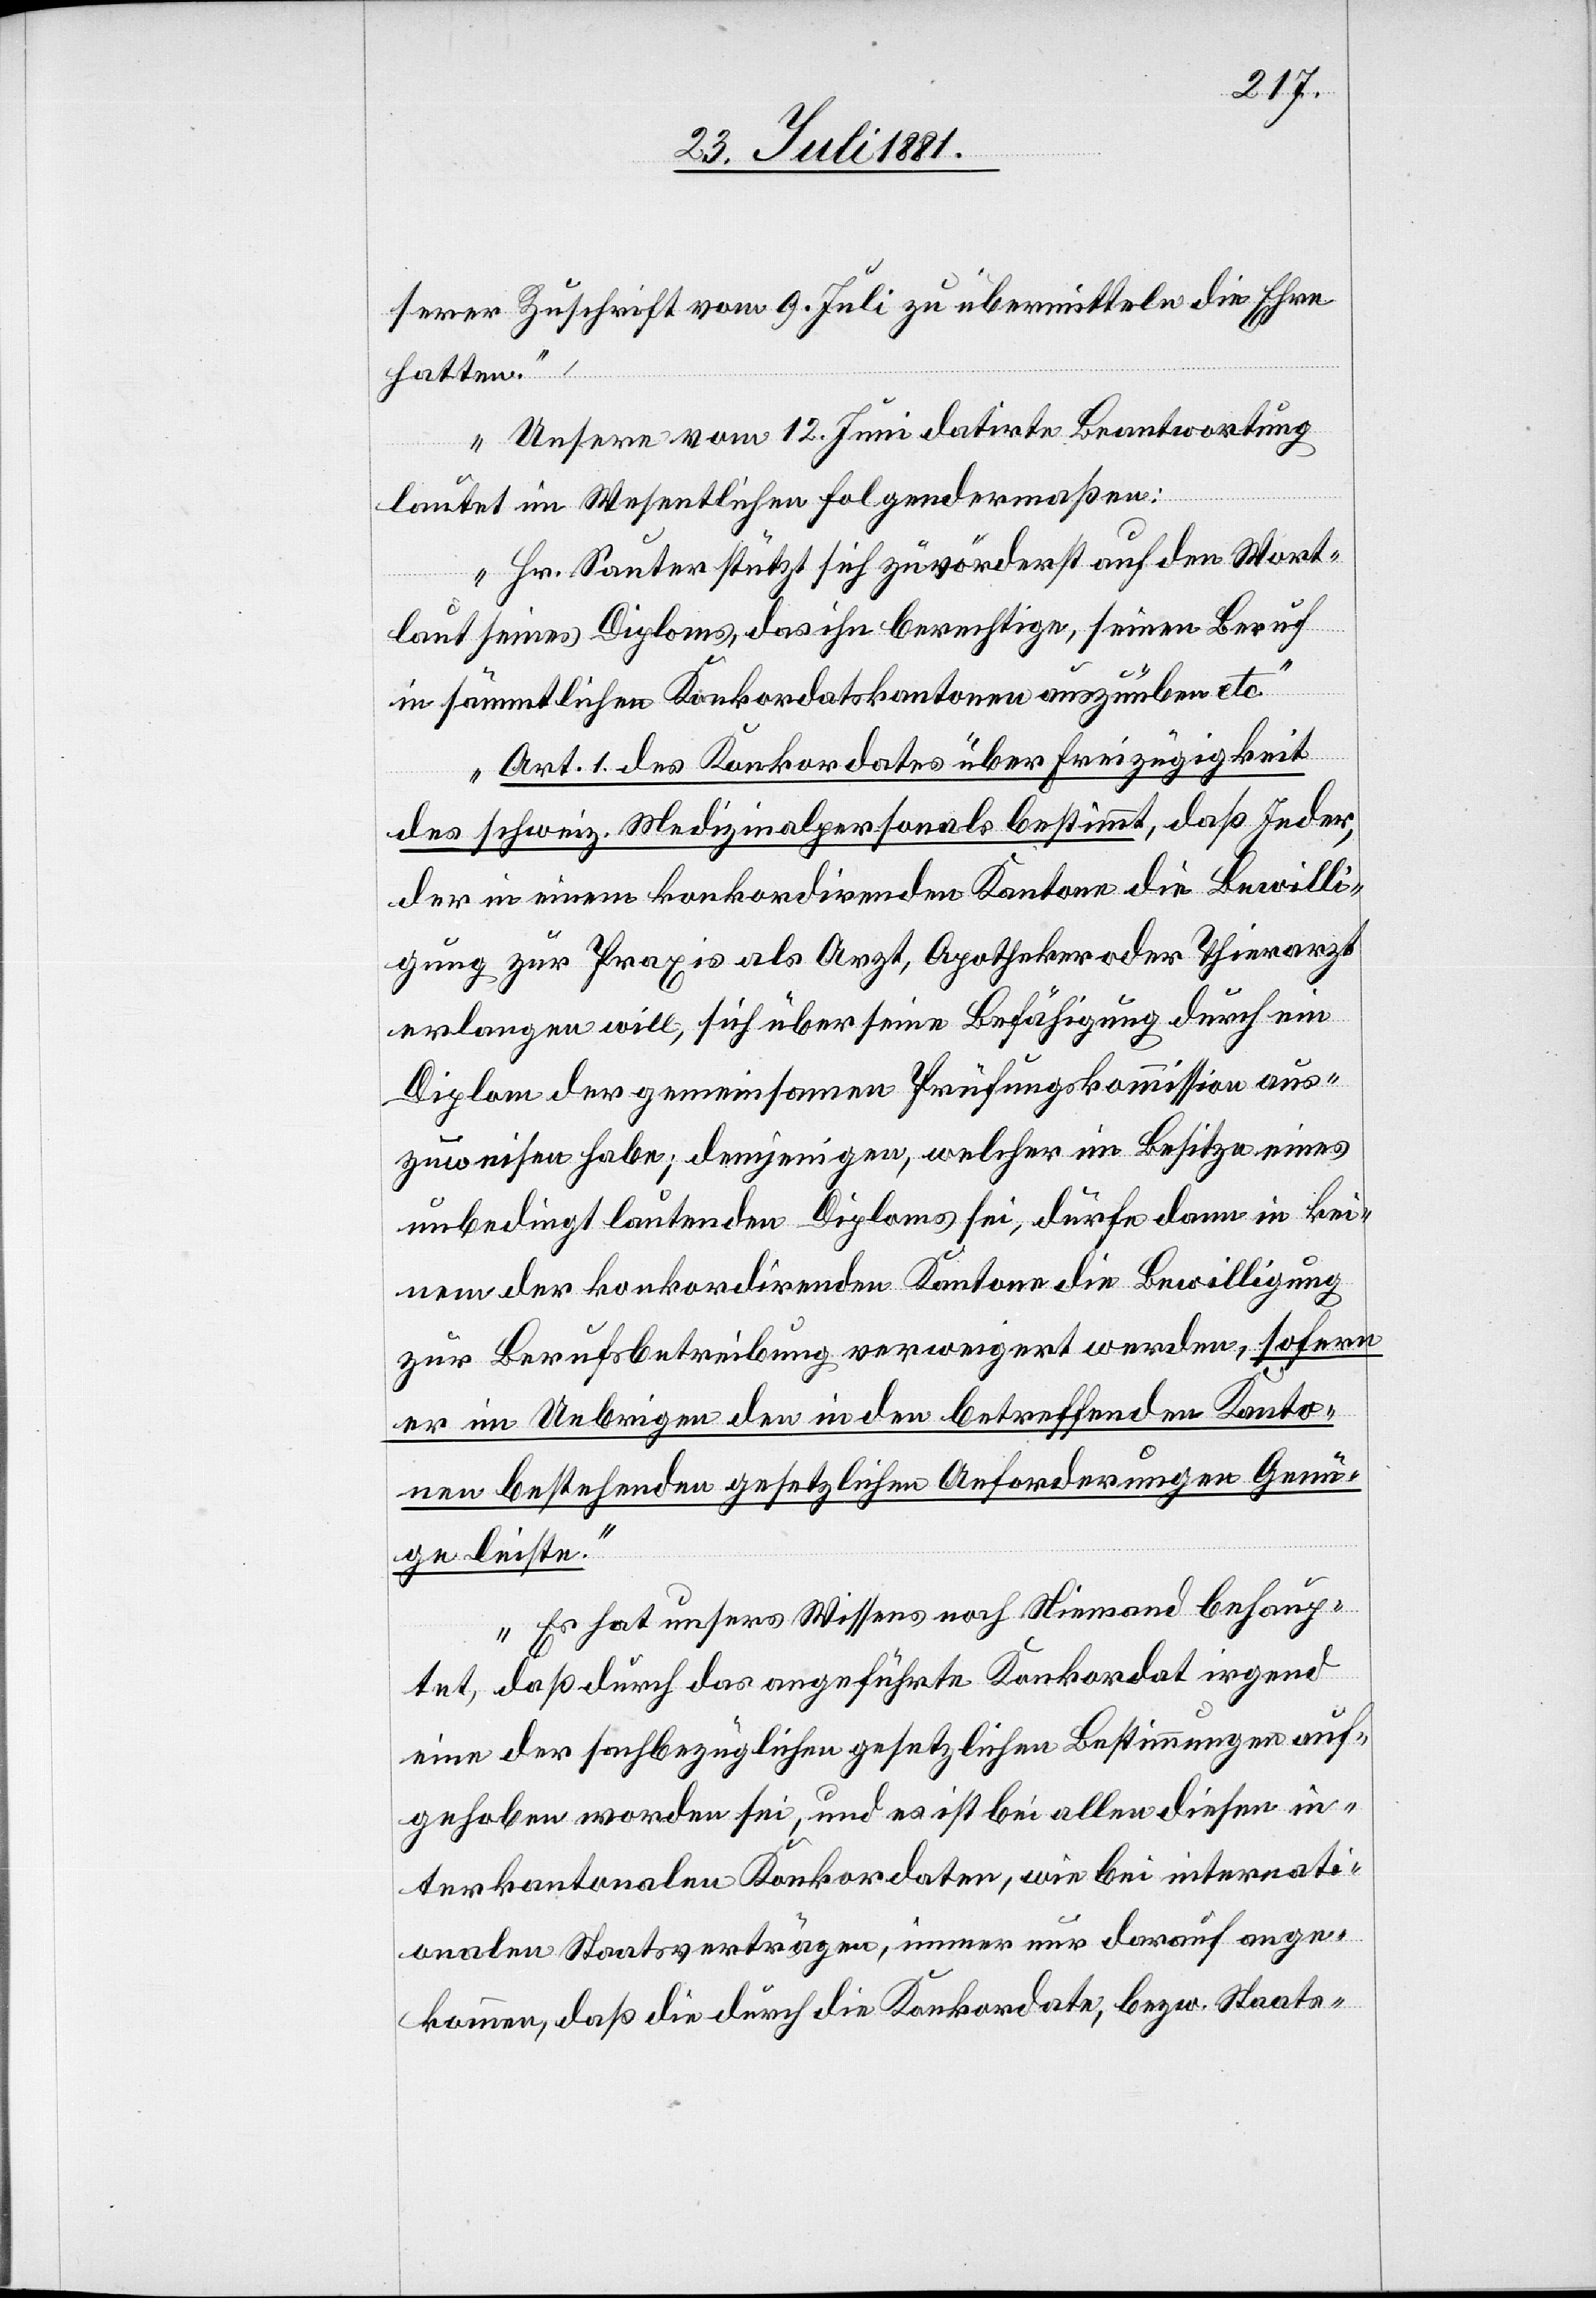
serer Zuschrift vom 9. Juli zu übermitteln die Ehre
hatten.
Unsere vom 12. Juni datirte Beantwortung
lautet im Wesentlichen folgendermaßen:
Hr. Sauter stützt sich zuvorderst auf den Wort¬
laut seines Diploms, das ihn berechtige, seinen Beruf
in sämmtlichen Konkordatskantonen auszuüben etc.
Art. 1 des Konkordates über Freizügigkeit
des schweiz. Medizinalpersonals bestimmt, daß Jeder,
der in einem konkordirenden Kanton die Bewilli¬
gung zur Praxis als Arzt, Apotheker oder Thierarzt
erlangen will, sich über seine Befähigung durch ein
Diplom der gemeinsamen Prüfungskommission aus¬
zuweisen habe; demjenigen, welcher im Besitze eines
unbedingt lautenden Diploms sei, dürfe dann in kei¬
nem der konkordirenden Kantone die Bewilligung
zur Berufbetreibung verweigert werden, sofern
er im Uebrigen den in den betreffenden Kanto¬
nen bestehenden gesetzlichen Anforderungen Genü¬
ge leiste.
Es hat unsers Wissens noch Niemand behaup¬
tet, daß durch das angeführte Konkordat irgend
eine der sachbezüglichen gesetzlichen Bestimmungen auf¬
gehoben worden sei, und es ist bei allen diesen in¬
terkantonalen Konkordaten, wie bei internati¬
onalen Staatsverträgen, immer nur darauf ange¬
kommen, daß die durch die Konkordate, bezw. Staats-